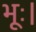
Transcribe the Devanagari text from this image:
भूः।